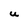
Character: u